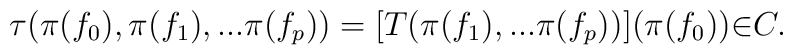
{\tau}({\pi}(f_0),{\pi}(f_1),...{\pi}(f_p))=[T({\pi}(f_1),...{\pi}(f_p))]({\pi}(f_0)) {\in} C.